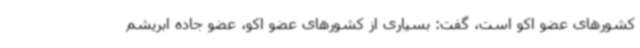
کشورهای عضو اکو است، گفت: بسیاری از کشورهای عضو اکو، عضو جاده ابریشم